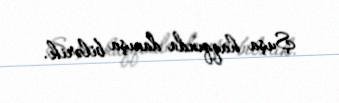
Şuşa haqqında danışa bilərik.